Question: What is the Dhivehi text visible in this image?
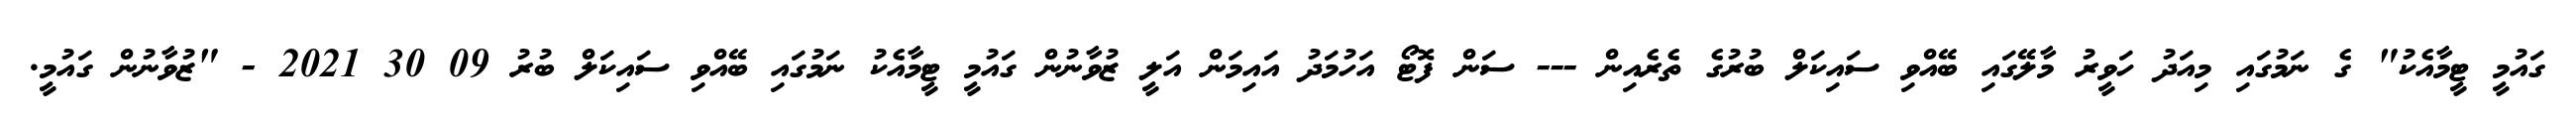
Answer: ގައުމީ ޓީމާއެކު" ގެ ނަމުގައި މިއަދު ހަވީރު މާލޭގައި ބޭއްވި ސައިކަލް ބުރުގެ ތެރެއިން --- ސަން ފޮޓޯ އަހުމަދު އައިމަން އަލީ ޒުވާނުން ގައުމީ ޓީމާއެކު ނަމުގައި ބޭއްވި ސައިކަލް ބުރު 09 30 2021 - "ޒުވާނުން ގައުމީ.